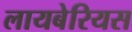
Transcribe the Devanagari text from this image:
लायबेरियस